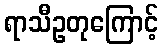
ရာသီဥတုကြောင့်